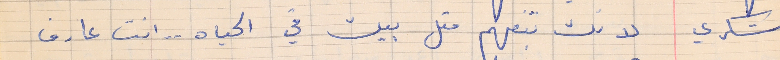
شكري    لانك بتفهم متل بيك في الحياه . . انت عارف